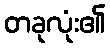
တခုလုံး၏